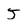
Character: 5